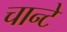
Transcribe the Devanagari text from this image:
चान्टे